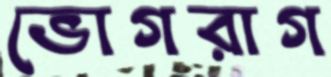
ভোগরাগ